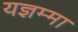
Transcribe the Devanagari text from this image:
यज्ञम्मा